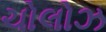
ચોલોઝ